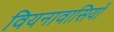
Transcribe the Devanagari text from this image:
वियनावासियों